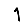
Digit: 1